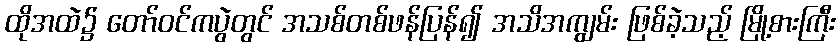
ထိုအထဲ၌ တော်ဝင်ကပွဲတွင် အသစ်တစ်ဖန်ပြန်၍ အသိအကျွမ်း ဖြစ်ခဲ့သည့် မြို့စားကြီး